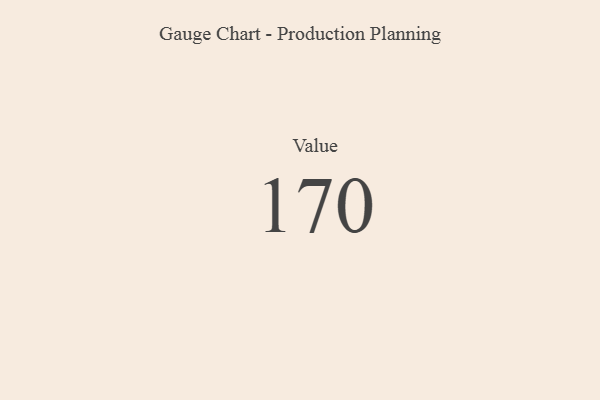
{"axis": {"x": "Metric", "y": "Value"}, "legend": [""], "data": [{"x": "Value", "y": 170, "type": ""}]}